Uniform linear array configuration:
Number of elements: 24
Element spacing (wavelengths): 1
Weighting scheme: hann
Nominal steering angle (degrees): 15
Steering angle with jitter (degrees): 13.09
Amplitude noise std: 0.05
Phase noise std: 0.05

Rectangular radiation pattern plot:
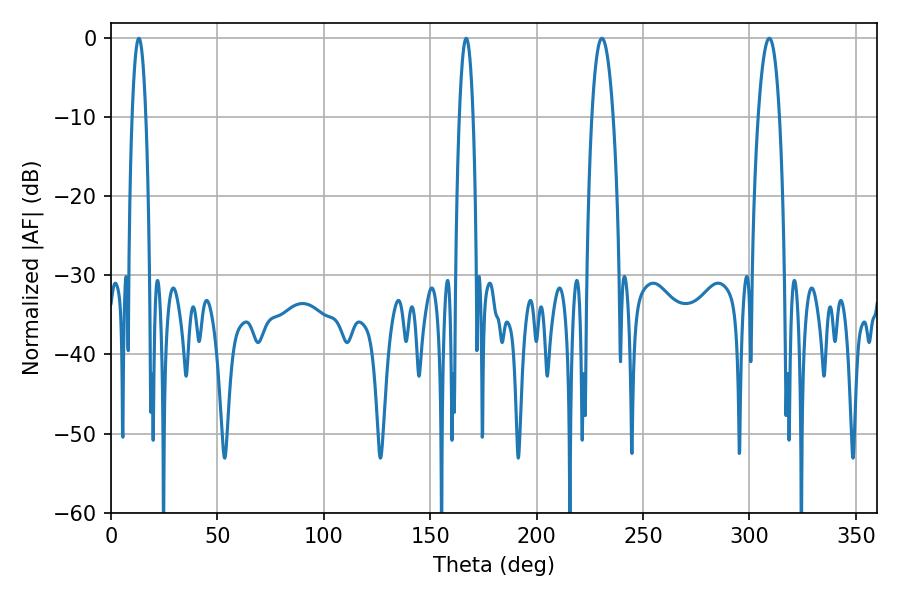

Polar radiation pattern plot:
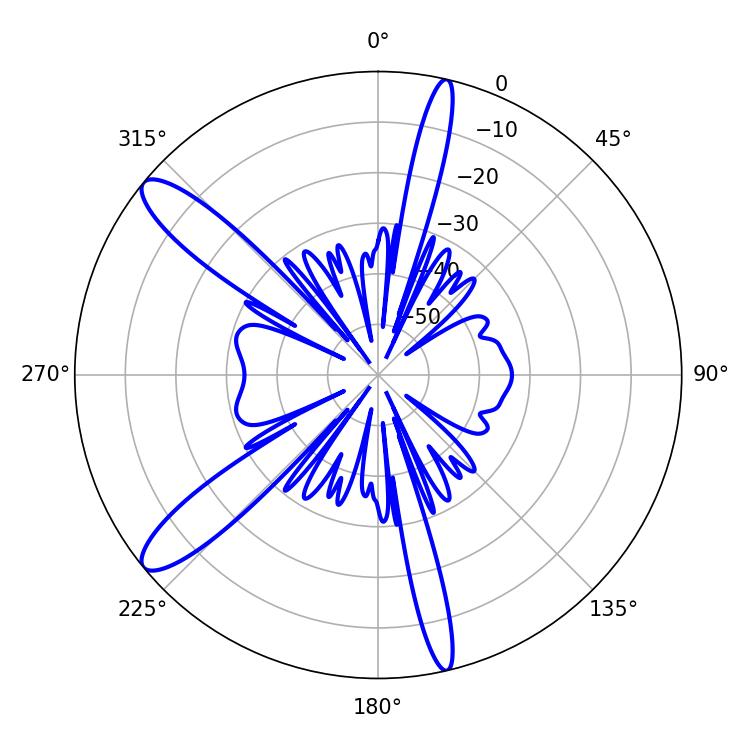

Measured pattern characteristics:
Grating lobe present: TRUE
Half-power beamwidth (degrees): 3.6
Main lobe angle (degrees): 13.14